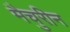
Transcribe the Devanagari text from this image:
मैचुरीन